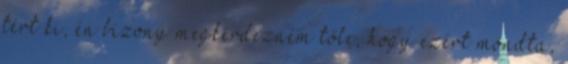
tért ki, én bizony megkérdezném tőle, hogy ezért mondta,